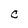
Character: C